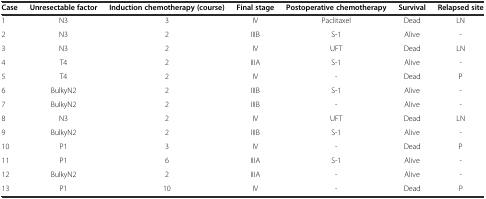
<table><thead><tr><td><b>Case</b></td><td><b>Unresectable factor</b></td><td><b>Induction chemotherapy (course)</b></td><td><b>Final stage</b></td><td><b>Postoperative chemotherapy</b></td><td><b>Survival</b></td><td><b>Relapsed site</b></td></tr></thead><tbody><tr><td>1</td><td>N3</td><td>3</td><td>IV</td><td>Paclitaxel</td><td>Dead</td><td>LN</td></tr><tr><td>2</td><td>N3</td><td>2</td><td>IIIB</td><td>S-1</td><td>Alive</td><td>-</td></tr><tr><td>3</td><td>N3</td><td>2</td><td>IV</td><td>UFT</td><td>Dead</td><td>LN</td></tr><tr><td>4</td><td>T4</td><td>2</td><td>IIIA</td><td>S-1</td><td>Alive</td><td>-</td></tr><tr><td>5</td><td>T4</td><td>2</td><td>IV</td><td>-</td><td>Dead</td><td>P</td></tr><tr><td>6</td><td>BulkyN2</td><td>2</td><td>IIIB</td><td>S-1</td><td>Alive</td><td>-</td></tr><tr><td>7</td><td>BulkyN2</td><td>2</td><td>IIIB</td><td>-</td><td>Alive</td><td>-</td></tr><tr><td>8</td><td>N3</td><td>2</td><td>IV</td><td>UFT</td><td>Dead</td><td>LN</td></tr><tr><td>9</td><td>BulkyN2</td><td>2</td><td>IIIB</td><td>S-1</td><td>Alive</td><td>-</td></tr><tr><td>10</td><td>P1</td><td>3</td><td>IV</td><td>-</td><td>Dead</td><td>P</td></tr><tr><td>11</td><td>P1</td><td>6</td><td>IIIA</td><td>S-1</td><td>Alive</td><td>-</td></tr><tr><td>12</td><td>BulkyN2</td><td>2</td><td>IIIA</td><td>-</td><td>Alive</td><td>-</td></tr><tr><td>13</td><td>P1</td><td>10</td><td>IV</td><td>-</td><td>Dead</td><td>P</td></tr></tbody></table>